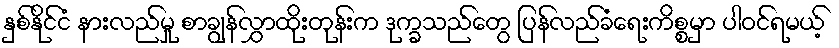
နှစ်နိုင်ငံ နားလည်မှု စာချွန်လွှာထိုးတုန်းက ဒုက္ခသည်တွေ ပြန်လည်ခံရေးကိစ္စမှာ ပါဝင်ရမယ့်